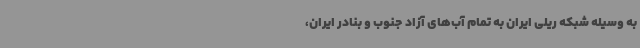
به وسیله شبکه ریلی ایران به تمام آب‌های آزاد جنوب و بنادر ایران،